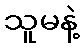
သူမနဲ့